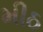
મીઠ